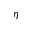
\eta